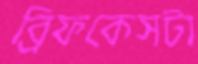
ব্রিফকেসটা